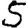
Digit: 5